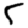
Digit: 5